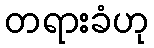
တရားခံဟု